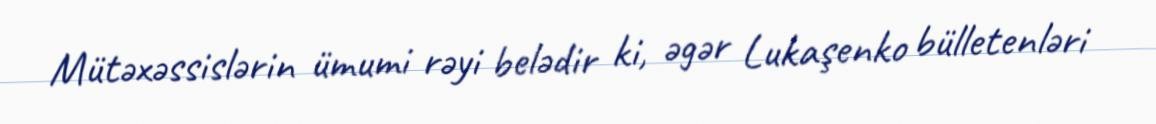
Mütəxəssislərin ümumi rəyi belədir ki, əgər Lukaşenko bülletenləri